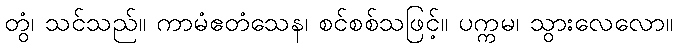
တွံ၊ သင်သည်။ ကာမံဧတံသေန၊ စင်စစ်သဖြင့်။ ပက္ကမ၊ သွားလေလော။